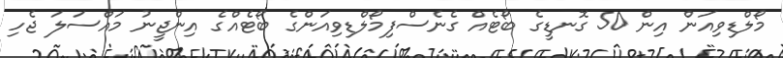
މޯލްޑިވިއަން އިން 50 ގޮނޑީގެ ބޯޓެއް ގެނެސްފިމޯލްޑިވިއަންގެ ބޯޓެއްގެ އިންޖީނު މައްސަލަ ޖެހި